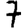
Digit: 7